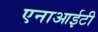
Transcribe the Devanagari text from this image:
एनाआईटी